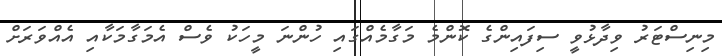
މިނިސްޓަރު ވިދާޅުވީ ސިފައިންގެ ކޮންމެ މަގާމެއްގައި ހުންނަ މީހަކު ވެސް އެމަގާމަކާއި އެއްވަރަށް